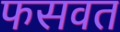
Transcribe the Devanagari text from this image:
फसवत